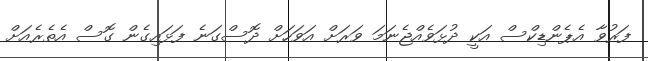
ފަރުވާ އެޕެންޑިކްސް އަކީ ދުޅަވެއްޖެނަމަ ވަރަށް އަވަހަށް ދޮސްގަނެ ފަޅައިގެން ގޮސް އެތެރެއަށް